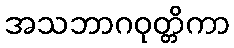
အသဘာဂဝုတ္တိကာ